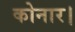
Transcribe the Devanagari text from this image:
कोनार।